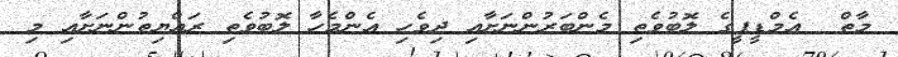
މާތް  އެމްޑީޕީގެ ލޮބުވެތި މެންބަރުންނަށާއި ދިވެހި އެންމެހާ ލޮބުވެތި ރައްޔިތުންނަށާއި މި